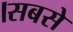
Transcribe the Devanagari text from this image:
।सबसे